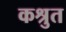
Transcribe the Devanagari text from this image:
कश्रुत